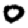
Digit: 0